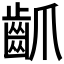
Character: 𪗢